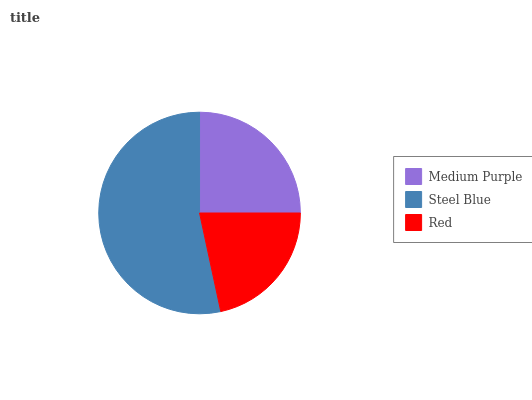
| Medium Purple | Steel Blue | Red |
 | --- | --- | --- |
 | 25% | 53.3% | 21.7% |